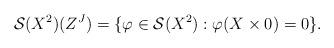
LaTeX: \begin{align*}\mathcal{S}(X^2)(Z^J)=\{ \varphi \in \mathcal{S}(X^2): \varphi(X \times 0) = 0 \}.\end{align*}